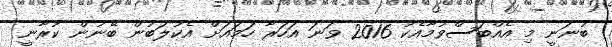
ބުނަނީ މި އެއްބަސްވުމާއެކު 2016 ވަނަ އަހަރާ ހަމައަށް އެކުލަބުން ބޭނުން ކުރާނީ